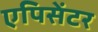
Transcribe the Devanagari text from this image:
एपिसेंटर